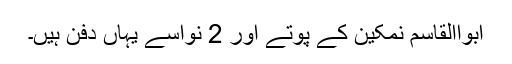
ابواالقاسم نمکین کے پوتے اور 2 نواسے یہاں دفن ہیں۔